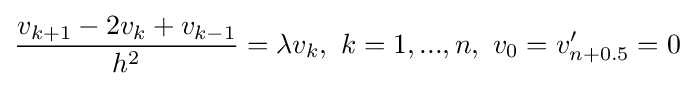
{\frac {v_{k+1}-2v_{k}+v_{k-1}}{h^{2}}}=\lambda v_{k},\ k=1,...,n,\ v_{0}=v'_{n+0.5}=0